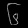
Digit: ၆